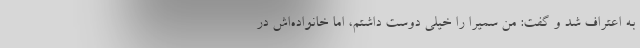
به اعتراف شد و گفت: من سمیرا را خیلی دوست داشتم، اما خانواده‌اش در